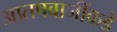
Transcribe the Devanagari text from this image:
आतषबाजींकडे